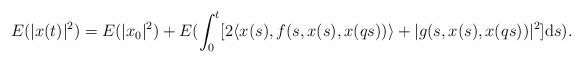
LaTeX: \begin{align*} E(|x(t)|^2)=E(|x_0|^2)+E(\int^t_0[2\langle x(s),f(s,x(s),x(qs))\rangle+|g(s,x(s),x(qs))|^2]{\rm d}s).\end{align*}